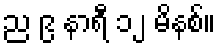
ည ၉ နာရီ ၁၂ မိနစ်။